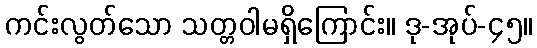
ကင်းလွတ်သော သတ္တဝါမရှိကြောင်း။ ဒု-အုပ်-၄၅။